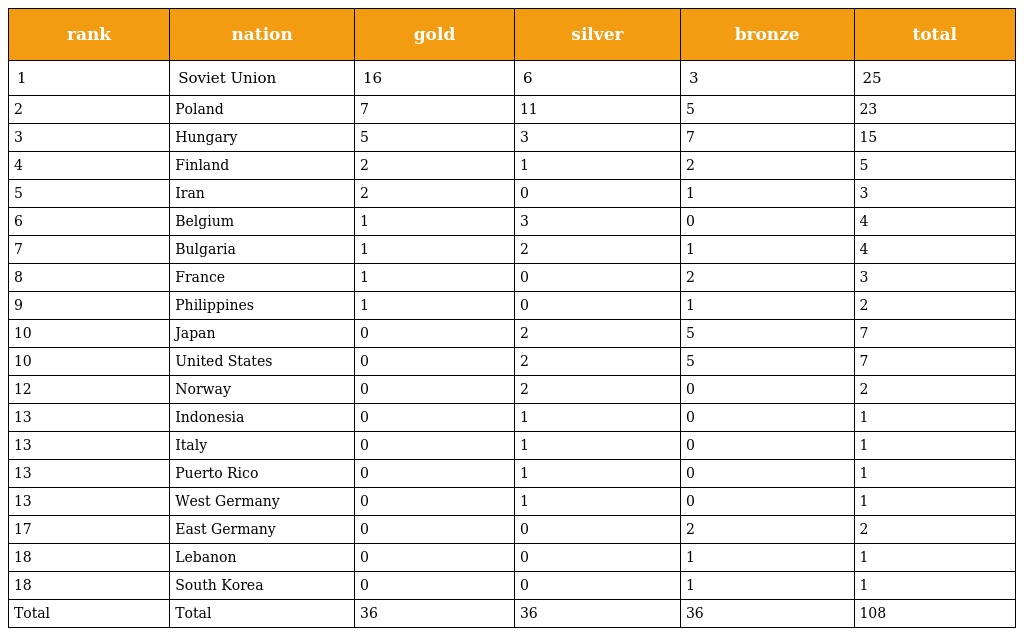
| rank | nation | gold | silver | bronze | total |
 | --- | --- | --- | --- | --- | --- |
 | 1 | Soviet Union | 16 | 6 | 3 | 25 |
 | 2 | Poland | 7 | 11 | 5 | 23 |
 | 3 | Hungary | 5 | 3 | 7 | 15 |
 | 4 | Finland | 2 | 1 | 2 | 5 |
 | 5 | Iran | 2 | 0 | 1 | 3 |
 | 6 | Belgium | 1 | 3 | 0 | 4 |
 | 7 | Bulgaria | 1 | 2 | 1 | 4 |
 | 8 | France | 1 | 0 | 2 | 3 |
 | 9 | Philippines | 1 | 0 | 1 | 2 |
 | 10 | Japan | 0 | 2 | 5 | 7 |
 | 10 | United States | 0 | 2 | 5 | 7 |
 | 12 | Norway | 0 | 2 | 0 | 2 |
 | 13 | Indonesia | 0 | 1 | 0 | 1 |
 | 13 | Italy | 0 | 1 | 0 | 1 |
 | 13 | Puerto Rico | 0 | 1 | 0 | 1 |
 | 13 | West Germany | 0 | 1 | 0 | 1 |
 | 17 | East Germany | 0 | 0 | 2 | 2 |
 | 18 | Lebanon | 0 | 0 | 1 | 1 |
 | 18 | South Korea | 0 | 0 | 1 | 1 |
 | Total | Total | 36 | 36 | 36 | 108 |